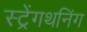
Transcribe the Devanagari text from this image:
स्ट्रेंगथनिंग